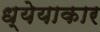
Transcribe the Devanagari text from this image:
ध्येयाकार